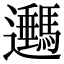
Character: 𨙔